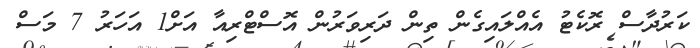
ކަރުދާސް ރޮކެޓު އެއްލައިގެން ތިން ދަރިވަރުން އޮސްޓްރިއާ އަށް1 އަހަރު 7 މަސް